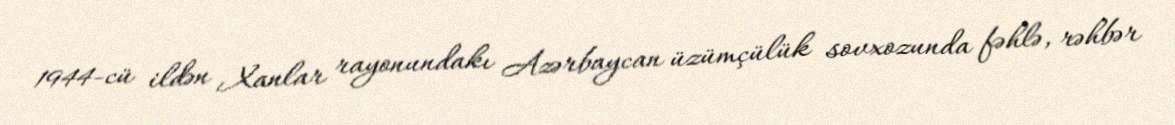
1944-cü ildən Xanlar rayonundakı Azərbaycan üzümçülük sovxozunda fəhlə, rəhbər